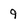
Character: 9